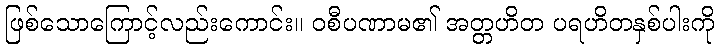
ဖြစ်သောကြောင့်လည်းကောင်း။ ဝစီပဏာမ၏ အတ္တဟိတ ပရဟိတနှစ်ပါးကို